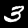
Label: 3